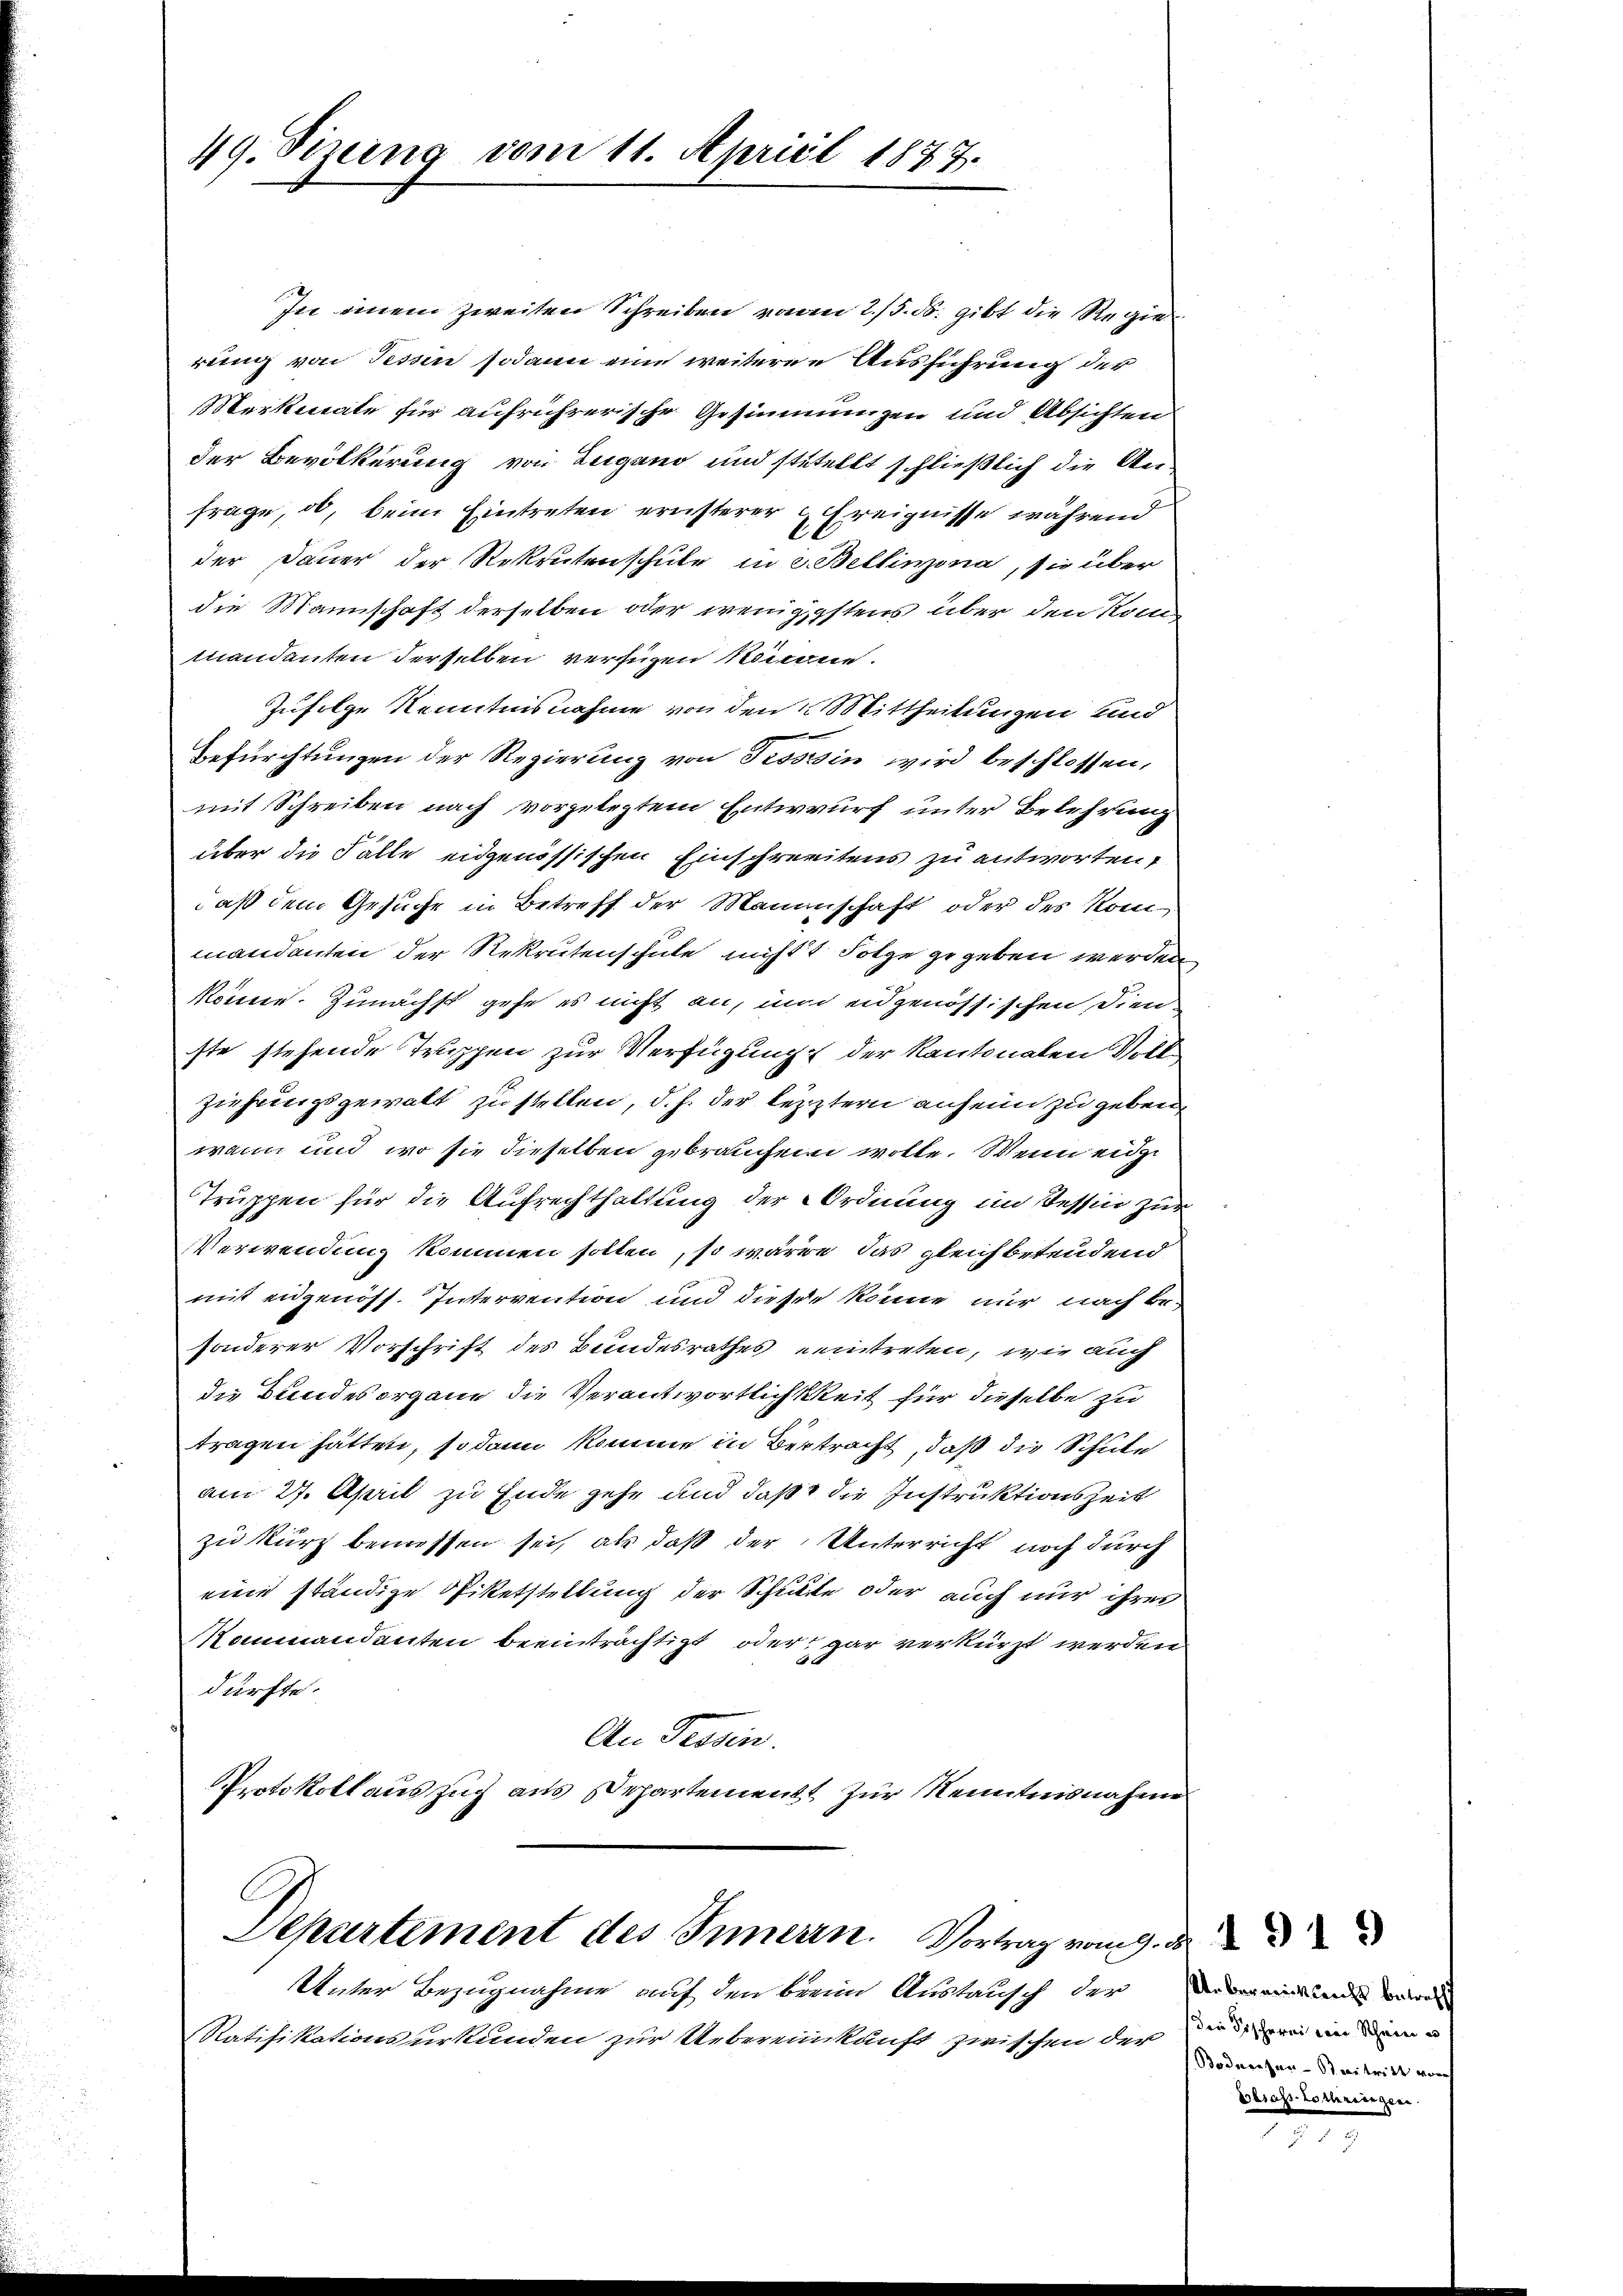
49. Sizung vom 11. April 1877.

In einem zweiten Schreiben von 2/5. 8. gibt die Regierung von Tessin sodann eine weiteren Ausführung der
Merkmale für aufrührerische Gesinnungen und Absichten
der Bevölkerung von Lugano und stutellt schließlich die Anfrage, ob, beim Eintreten ernsterer Ereignisse während
der Dauer der Rekrutenschule in 2. Bellinzona, sie über
die Mannschaft derselben oder wenigstens über den Konmandenten derselben verfügen könne.
Zufolge Kenntnisnahme von den 2 Mittheilungen und

Befürchtungen der Regierung von Tissssin wird beschlossen,
mit Schreiben nach vorgelegtem Entwurf unter Belehrung
über die Fälle eidgenössischen Einschreitens zu antworten,
daß dem Gesuche in Betreff der Mannschaft oder des Kommandenten der Rekrutenschule nicht Folge gegeben werden
könne. Zunächst gehe es nicht an, und eidgenössischen Dienste stehende Truppen zur Verfügung der Kantonalen Voll
ziehungsgewalt zu stellen, d. h. der letztern anheim zu geben,
wann und wo sie dieselben gebrauchen wolle. Wenn eidge
Truppen für die Aufrechthaltung der Ordnung im Tessin zur
Verwendung kommen sollen, so wären das gleichbetendend
mit eidgenöss. Intervention und dieser könne nur nach besonderer Vorschrift des Bundesrathes eeintreten, wie auch
Die Bundes organe die Verantwortlichkeit für dieselbe zu
tragen hätten, sodann komme in Bertracht, daß die Schule
am 27. April zu Ende gehe und daß die Instruktionszeit
zu kurz bemessen sei, als daß der Unterricht noch durch
eine ständige Spiketstellung der Schlute oder auch nur ihres
Kommandanten beeinträchtigt oder gar verkürzt werden
dürfte.
An Tessin.
Protokoll auszug aus Departement zur Kenntnisnahme

Departement des Inneren. Vortrag vom 9.

Unter Bezugnahme auf den breine Austausch der
Ratifikationsurkunden zur Uebereinkunft zwischen der den in dem

Un beramik leichs betreff
(Bodnessan-Streitritt von
Erbsass-Lothringen

d. 1919

7